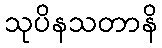
သုပိနသတာနိ